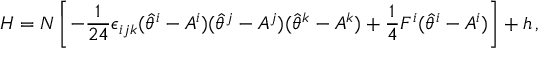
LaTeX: H = N \left[ - \frac { 1 } { 2 4 } \epsilon _ { i j k } ( \hat { \theta } ^ { i } - A ^ { i } ) ( \hat { \theta } ^ { j } - A ^ { j } ) ( \hat { \theta } ^ { k } - A ^ { k } ) + \frac { 1 } { 4 } F ^ { i } ( \hat { \theta } ^ { i } - A ^ { i } ) \right] + h \, ,